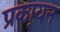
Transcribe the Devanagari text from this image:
प्रका्यन